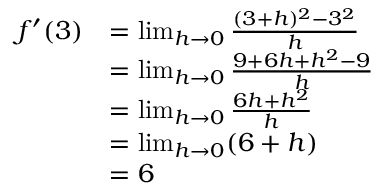
{ \begin{array} { r l } { f ^ { \prime } ( 3 ) } & { = \operatorname* { l i m } _ { h \to 0 } { \frac { ( 3 + h ) ^ { 2 } - 3 ^ { 2 } } { h } } } \\ & { = \operatorname* { l i m } _ { h \to 0 } { \frac { 9 + 6 h + h ^ { 2 } - 9 } { h } } } \\ & { = \operatorname* { l i m } _ { h \to 0 } { \frac { 6 h + h ^ { 2 } } { h } } } \\ & { = \operatorname* { l i m } _ { h \to 0 } ( 6 + h ) } \\ & { = 6 } \end{array} }